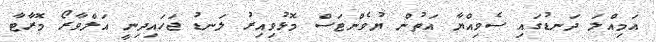
އަމިއްލަ ދަނޑުގައި ސެވިއްޔާ އަތުން ޔުވެންޓަސް މޮޅުވިއިރު ލަނޑު ޖަހައިދިނީ އަލްވާރޯ މޮރާޓާ